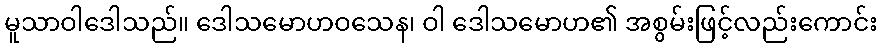
မူသာဝါဒေါသည်။ ဒေါသမောဟဝသေန၊ ဝါ ဒေါသမောဟ၏ အစွမ်းဖြင့်လည်းကောင်း